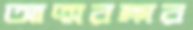
আত্মরক্ষার